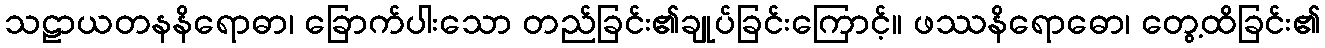
သဠာယတနနိရောဓာ၊ ခြောက်ပါးသော တည်ခြင်း၏ချုပ်ခြင်းကြောင့်။ ဖဿနိရောဓော၊ တွေ့ထိခြင်း၏